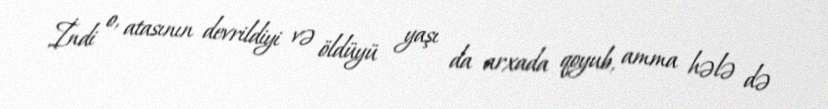
İndi o, atasının devrildiyi və öldüyü yaşı da arxada qoyub, amma hələ də